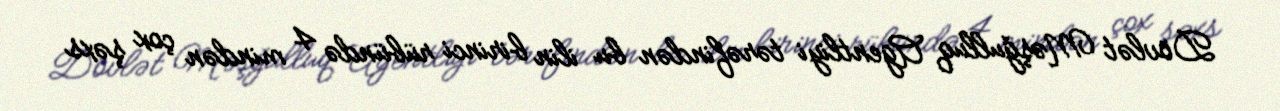
Dövlət Məşğulluq Agentliyi tərəfindən bu ilin birinci rübündə 4 mindən çox şəxs